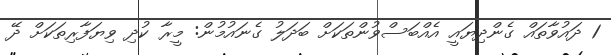
1 ދައުވާތައް ގެންދިޔައީ އެއްބަސްވުންތަކަށް ބަދަލު ގެނައުމުން: މީރާ ކުދި ވިޔަފާރިތަކަށް ދޭ